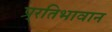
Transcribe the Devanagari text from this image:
प्र्रतिभावान